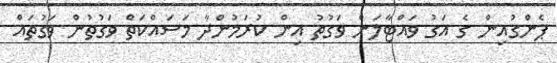
ޕެންގުއިން ގެ އަގު ވައްޓާލަން ވަގުތު އިން ކުރަމުންދާ މަސައްކަތް ވަގުތުން ވަގުތައް